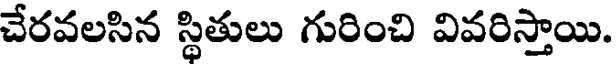
చేరవలసిన స్థితులు గురించి వివరిస్తాయి.